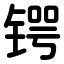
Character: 锷